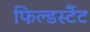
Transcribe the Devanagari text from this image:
फिल्डर्स्टैट